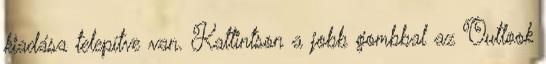
kiadása telepítve van. Kattintson a jobb gombbal az Outlook